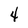
Character: 4